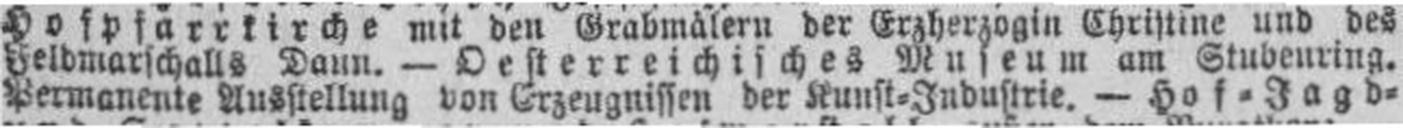
Permanente Ausstellung von Erzeugnissen der Kunst=Industrie. — Hof=Jagd=